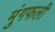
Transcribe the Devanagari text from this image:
मुंगफली